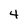
Character: 4